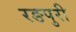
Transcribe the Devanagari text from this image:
रङपुरी